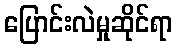
ပြောင်းလဲမှုဆိုင်ရာ